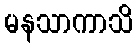
မနသာကာသိ